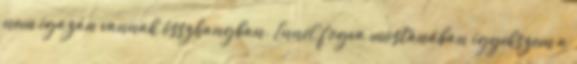
nem igazán vannak összhangban. Ennél fogva mostanában igyekszem a